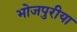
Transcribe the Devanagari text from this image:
भोजपुरीया